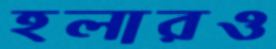
হলারও